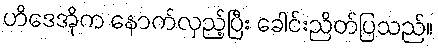
ဟိဒေအိုက နောက်လှည့်ပြီး ခေါင်းညိတ်ပြသည်။